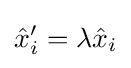
{\hat {x}}_{i}'=\lambda {\hat {x}}_{i}